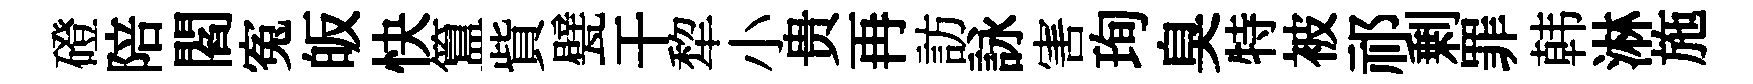
磴陪閻寃皈快簋貲甓干犂小贵再訪詠害珣臭特被祁剰罪韩淋施